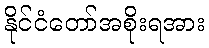
နိုင်ငံတော်အစိုးရအား